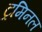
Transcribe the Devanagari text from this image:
ट्रमिनल